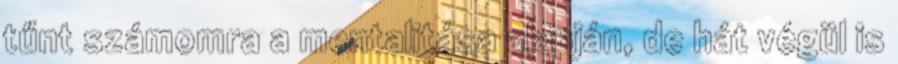
tűnt számomra a mentalitása alapján, de hát végül is